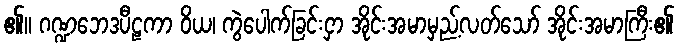
၏။ ဂဏ္ဍဘေဒပီဠကာ ဝိယ၊ ကွဲပေါက်ခြင်းငှာ အိုင်းအမာမှည့်လတ်သော် အိုင်းအမာကြီး၏